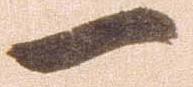
一